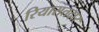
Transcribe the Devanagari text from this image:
रियासतदार